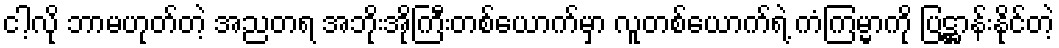
ငါ့လို ဘာမဟုတ်တဲ့ အညတရ အဘိုးအိုကြီးတစ်ယောက်မှာ လူတစ်ယောက်ရဲ့ ကံကြမ္မာကို ပြဋ္ဌာန်းနိုင်တဲ့